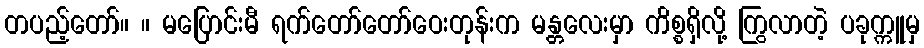
တပည့်တော်။ ။ မပြောင်းမီ ရက်တော်တော်ဝေးတုန်းက မန္တလေးမှာ ကိစ္စရှိလို့ ကြွလာတဲ့ ပခုက္ကူမှ